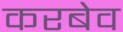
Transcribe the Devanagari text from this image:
करबेव